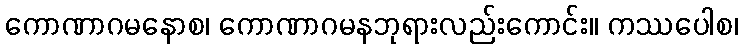
ကောဏာဂမနောစ၊ ကောဏာဂမနဘုရားလည်းကောင်း။ ကဿပေါစ၊